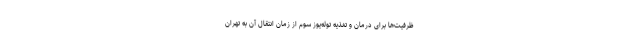
ظرفیت‌ها برای درمان و تغذیه توله‌یوز سوم از زمان انتقال آن به تهران